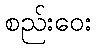
စည်းဝေး